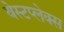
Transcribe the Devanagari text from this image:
वेस्टप्लेक्स